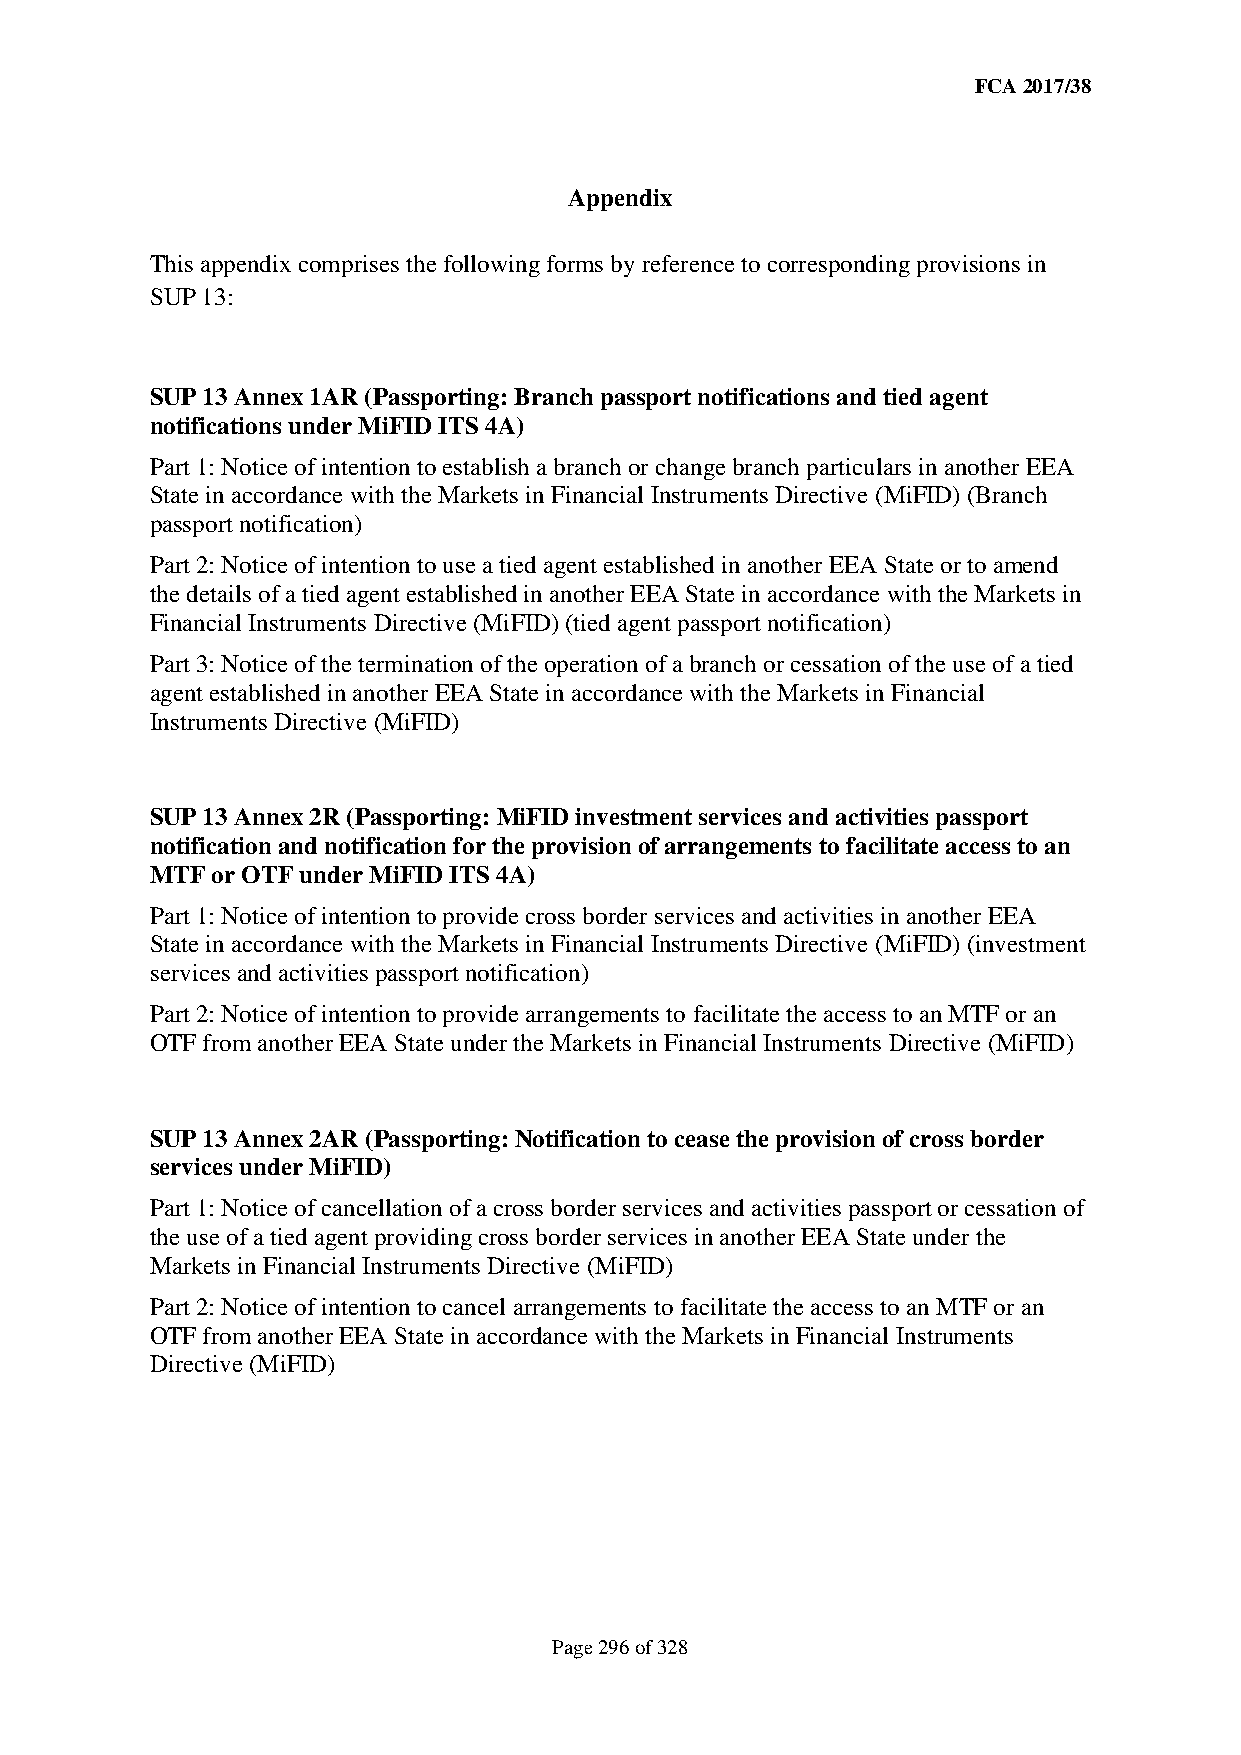
FCA 2017/38
 Appendix
 This appendix comprises the following forms by reference to corresponding provisions in
 SUP 13:
 SUP 13 Annex 1AR (Passporting: Branch passport notifications and tied agent
 notifications under MiFID ITS 4A)
 Part 1: Notice of intention to establish a branch or change branch particulars in another EEA
 State in accordance with the Markets in Financial Instruments Directive (MiFID) (Branch
 passport notification)
 Part 2: Notice of intention to use a tied agent established in another EEA State or to amend
 the details of a tied agent established in another EEA State in accordance with the Markets in
 Financial Instruments Directive (MiFID) (tied agent passport notification)
 Part 3: Notice of the termination of the operation of a branch or cessation of the use of a tied
 agent established in another EEA State in accordance with the Markets in Financial
 Instruments Directive (MiFID)
 SUP 13 Annex 2R (Passporting: MiFID investment services and activities passport
 notification and notification for the provision of arrangements to facilitate access to an
 MTF or OTF under MiFID ITS 4A)
 Part 1: Notice of intention to provide cross border services and activities in another EEA
 State in accordance with the Markets in Financial Instruments Directive (MiFID) (investment
 services and activities passport notification)
 Part 2: Notice of intention to provide arrangements to facilitate the access to an MTF or an
 OTF from another EEA State under the Markets in Financial Instruments Directive (MiFID)
 SUP 13 Annex 2AR (Passporting: Notification to cease the provision of cross border
 services under MiFID)
 Part 1: Notice of cancellation of a cross border services and activities passport or cessation of
 the use of a tied agent providing cross border services in another EEA State under the
 Markets in Financial Instruments Directive (MiFID)
 Part 2: Notice of intention to cancel arrangements to facilitate the access to an MTF or an
 OTF from another EEA State in accordance with the Markets in Financial Instruments
 Directive (MiFID)
 Page 296 of 328